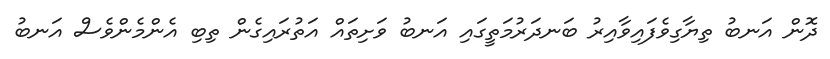
ދޮން އަނބު ތިޔާގިވެފައިވާއިރު ބަނދަރުމަތީގައި އަނބު ވަށިތައް އަތުރައިގެން ތިބި އެންމެންވެސް އަނބު